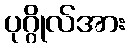
ပုဂ္ဂိုလ်အား